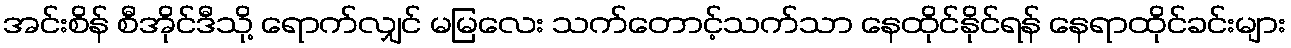
အင်းစိန် စီအိုင်ဒီသို့ ရောက်လျှင် မမြလေး သက်တောင့်သက်သာ နေထိုင်နိုင်ရန် နေရာထိုင်ခင်းများ